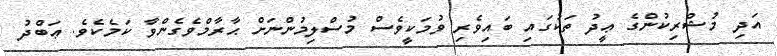
އަދި މުޝްރިކުންގެ ޢީދު ތަކުގައި ބައިވެރި ވުމަކީވެސް މުސްލިމުންނަށް ޙާރާމްވެގެންވާ ކަމެކެވެ. ޢަބްދު